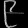
Digit: ၉